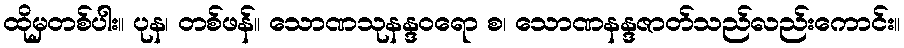
ထိုမှတစ်ပါး။ ပုန၊ တစ်ဖန်။ သောဏသုနန္ဒဝရော စ၊ သောဏနန္ဒဇာတ်သည်လည်းကောင်း။